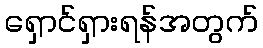
ရှောင်ရှားရန်အတွက်